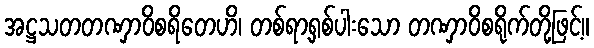
အဋ္ဌသတတဏှာဝိစရိတေဟိ၊ တစ်ရာ့ရှစ်ပါးသော တဏှာဝိစရိုက်တို့ဖြင့်။